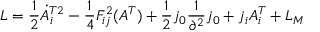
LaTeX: { \cal L } = \frac { 1 } { 2 } \dot { A } _ { i } ^ { T 2 } - \frac { 1 } { 4 } F _ { i j } ^ { 2 } ( A ^ { T } ) + \frac { 1 } { 2 } j _ { 0 } \frac { 1 } { \partial ^ { 2 } } j _ { 0 } + j _ { i } A _ { i } ^ { T } + { \cal L } _ { M }